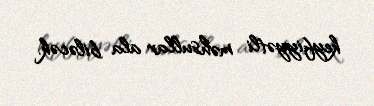
keyfiyyətli məhsullar ala biləcək.